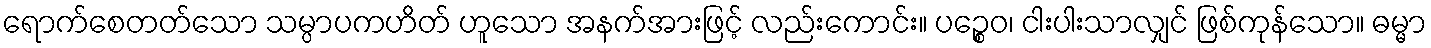
ရောက်စေတတ်သော သမ္ပာပကဟိတ် ဟူသော အနက်အားဖြင့် လည်းကောင်း။ ပဉ္စေဝ၊ ငါးပါးသာလျှင် ဖြစ်ကုန်သော။ ဓမ္မာ